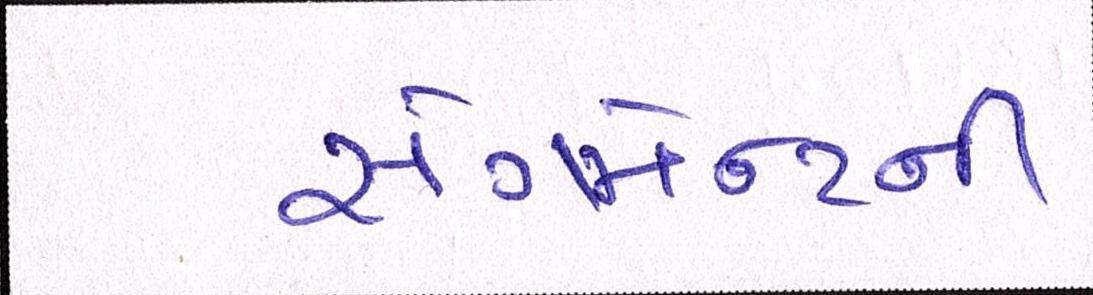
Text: સેગમેન્ટની